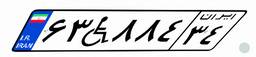
۴۴W۳۴۹۳۵